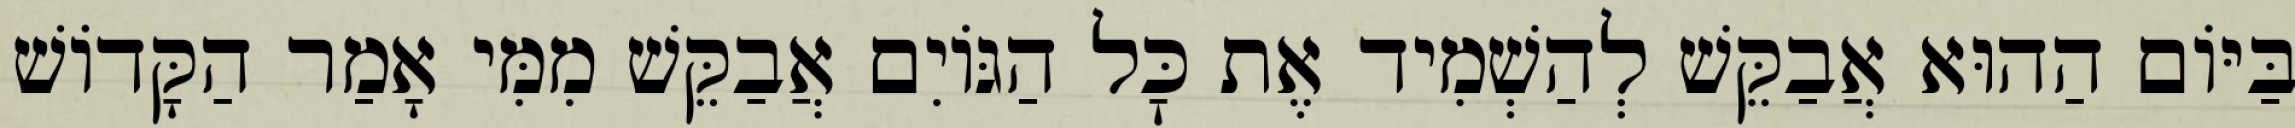
בַּיּוֹם הַהוּא אֲבַקֵּשׁ לְהַשְׁמִיד אֶת כׇּל הַגּוֹיִם אֲבַקֵּשׁ מִמִּי אָמַר הַקָּדוֹשׁ